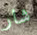
شار